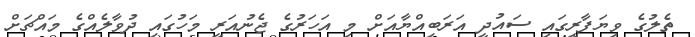
ތެލުގެ ވިޔަފާރީގައި ސައުދީ އަރަބިއްޔާއަށް މި އަހަރުގެ ޖެނުއަރީ މަހުގައި ދުވާލެއްގެ މައްޗަށް